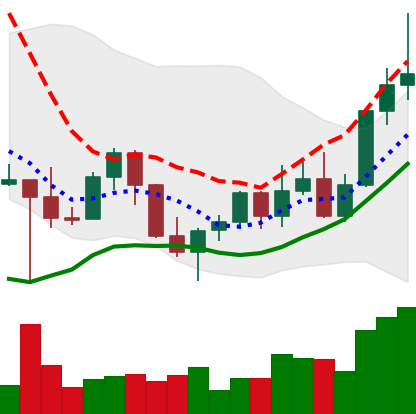
Ticker: LINK-USD
Chart end date: 2022-10-31
Forward return: 10.225%
Label: up_7plus